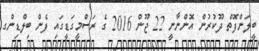
ބީލަންފޮތް ދޫކުރުން އޮންނާނީ 22 ޖޫން 2016 ގެ ރަސްމީގަޑީގައި ފެން ބިލްޑިންގ